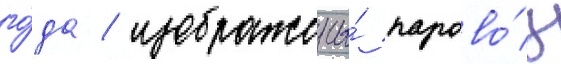
го́да / изображены́ парово́з